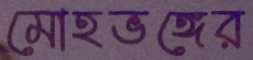
মোহভঙ্গের